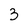
Character: 3